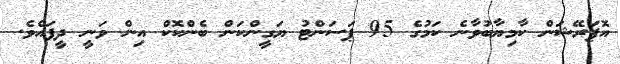
އޮޕަރޭޝަން ކާމިޔާބުވާނެ ކަމުގެ 95 ޕަސަންޓު ޔަގީންކަން ބެންކޮކް އިން ވަނީ ދީފައެވެ.